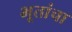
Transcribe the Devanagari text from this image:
भूतांचा